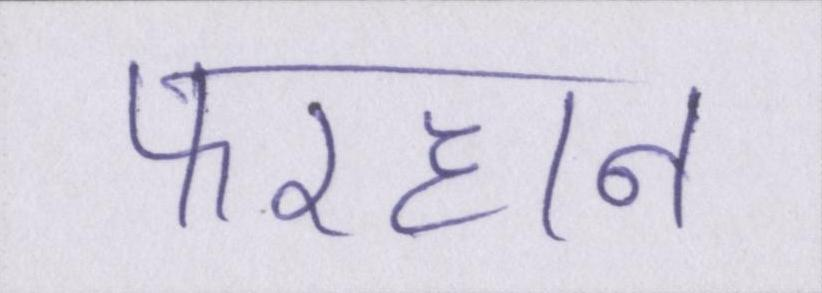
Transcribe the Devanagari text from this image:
फरहान